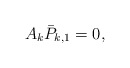
\begin{align*} A_k\bar{P}_{k,1}=0,\end{align*}